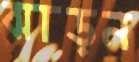
ঝাড়ন